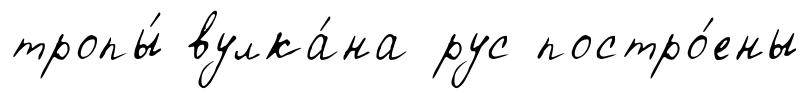
тропы́ вулка́на рус постро́ены